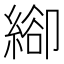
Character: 𦃁